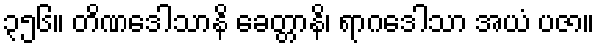
၃၅၆။ တိဏဒေါသာနိ ခေတ္တာနိ၊ ရာဂဒေါသာ အယံ ပဇာ။